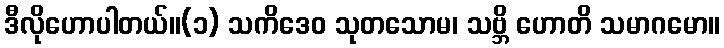
ဒီလိုဟောပါတယ်။(၁) သကိဒေဝ သုတသောမ၊ သဗ္ဘိ ဟောတိ သမာဂမော။